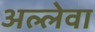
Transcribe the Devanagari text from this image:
अल्लेवा